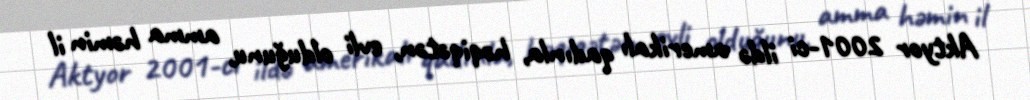
Aktyor 2001-ci ildə amerikalı qadınla, həqiqətən, evli olduğunu, amma həmin il